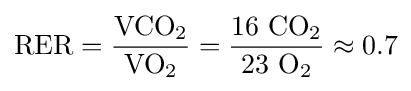
\mathrm {RER} ={\frac {\mathrm {VCO} _{2}}{\mathrm {VO} _{2}}}={\frac {16\ \mathrm {CO} _{2}}{23\ \mathrm {O} _{2}}}\approx 0.7